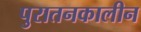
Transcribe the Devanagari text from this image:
पुरातनकालीन